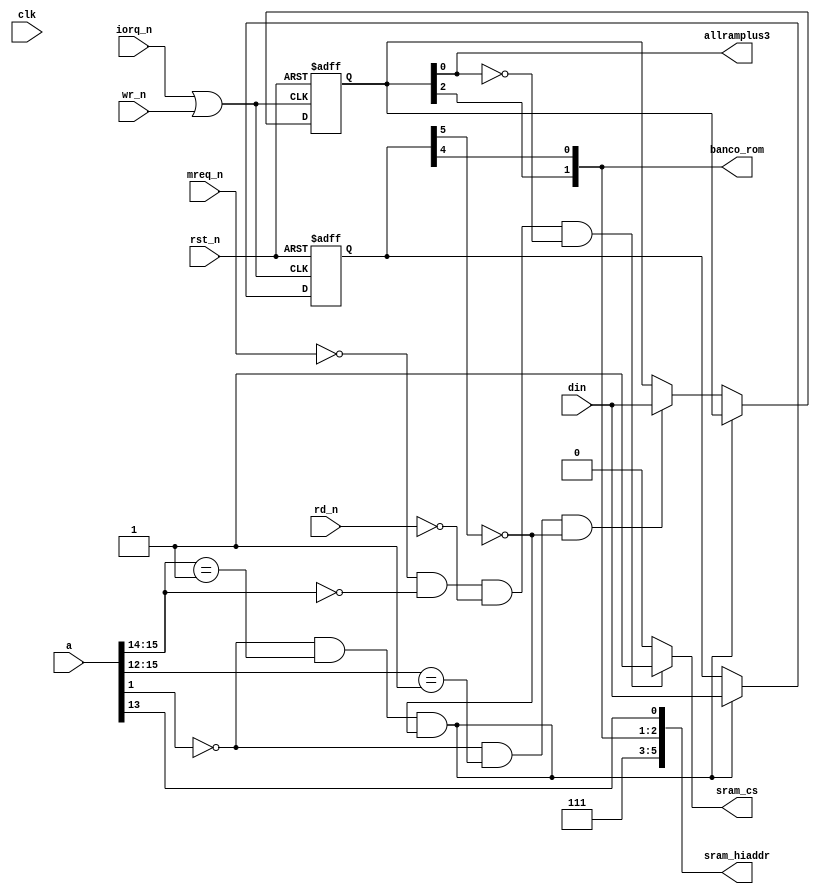
/*
 * This file is part of the DIVtiesus project
 * Copyright (c) 2021 Miguel Angel Rodriguez Jodar.
 * 
 * This program is free software: you can redistribute it and/or modify  
 * it under the terms of the GNU General Public License as published by  
 * the Free Software Foundation, version 3.
 *
 * This program is distributed in the hope that it will be useful, but 
 * WITHOUT ANY WARRANTY; without even the implied warranty of 
 * MERCHANTABILITY or FITNESS FOR A PARTICULAR PURPOSE. See the GNU
 * General Public License for more details.
 *
 * You should have received a copy of the GNU General Public License 
 * along with this program. If not, see <http://www.gnu.org/licenses/>.
 */

`timescale 1ns / 1ps
`default_nettype none

module tres_e (
  input wire clk,
  input wire rst_n,
  input [15:0] a,
  input wire mreq_n,
  input wire iorq_n,
  input wire rd_n,
  input wire wr_n,
  input wire [7:0] din,
  output wire allramplus3,
  output wire [1:0] banco_rom,
  // DivMMC onboard memory control
  output reg sram_cs,
  output reg [5:0] sram_hiaddr  // up to 512KB of SRAM can be addressed
  );

  wire ADDR_7FFD_PLUS2A = (!a[1] && a[15:14]==2'b01);
  wire ADDR_1FFD        = (!a[1] && a[15:12]==4'b0001);  // ojo! colisiona con 7FFD en el 128K por culpa de que solo decodifica a[15]=0 y a[1]=0 (wilco2009)
  // Standard 128K memory manager
  reg [7:0] bank128 = 8'h00;
  reg [7:0] bankplus3 = 8'h00;
  wire puerto_bloqueado = bank128[5];
  assign banco_rom = {bankplus3[2], bank128[4]};
  wire amstrad_allram_page_mode = bankplus3[0];
  assign allramplus3 = amstrad_allram_page_mode;

  wire iorq_wr = iorq_n | wr_n;
  always @(posedge iorq_wr or negedge rst_n) begin
    if (rst_n == 1'b0) begin
      bank128 <= 8'h00;
      bankplus3 <= 8'h00;
    end
    else begin
      if (ADDR_7FFD_PLUS2A && puerto_bloqueado == 1'b0)
        bank128 <= din;
      else if (ADDR_1FFD && puerto_bloqueado == 1'b0)
        bankplus3 <= din;
    end
  end

  always @* begin
    sram_hiaddr = {3'b111, banco_rom, a[13]};
    if (mreq_n == 1'b0 && a[15:14] == 1'b0 && rd_n == 1'b0 && amstrad_allram_page_mode == 1'b0)
      sram_cs = 1'b1;
    else
      sram_cs = 1'b0;
  end  
endmodule